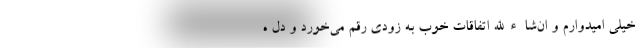
خیلی امیدوارم و ان‌شاءالله اتفاقات خوب به زودی رقم می‌خورد و دل ه